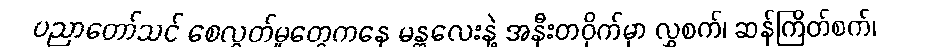
ပညာတော်သင် စေလွှတ်မှုတွေကနေ မန္တလေးနဲ့ အနီးတဝိုက်မှာ လွှစက်၊ ဆန်ကြိတ်စက်၊